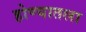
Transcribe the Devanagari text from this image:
होण्यातला